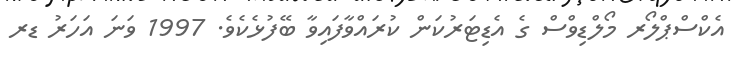
އެކްސްޕްލޯރ މޯލްޑިވްސް ގެ އެޑިޓަރުކަން ކުރައްވާފައިވާ ބޭފުޅެކެވެ. 1997 ވަނަ އަހަރު ޑރ